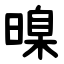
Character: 暞